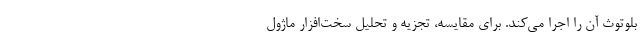
بلوتوث آن را اجرا می‌کند. برای مقایسه، تجزیه و تحلیل سخت‌افزار ماژول